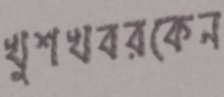
খুশখবরকেন